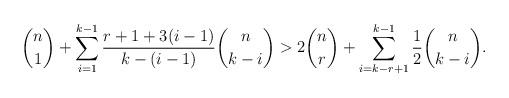
LaTeX: \begin{align*}\binom{n}{1}+\sum_{i=1}^{k-1}\frac{r+1+3 (i-1)}{k-(i-1)}\binom{n}{k-i}>2\binom{n}{r}+\sum_{i=k-r+1}^{k-1}\frac{1}{2}\binom{n}{k-i}.\end{align*}